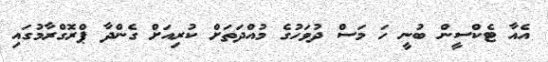
އެއާ ޓެކްސީން ބުނީ ހަ މަސް ދުވަހުގެ މުއްދަތަށް ކުރިއަށް ގެންދާ ޕްރޮގްރާމުގައި